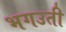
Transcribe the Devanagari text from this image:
भगउती